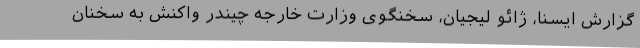
گزارش ایسنا، ژائو لیجیان، سخنگوی وزارت خارجه چیندر واکنش به سخنان